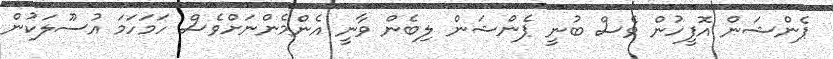
ޕެންޝަން އޮފީހުން ވެސް ބުނީ ޕެންޝަން ލިބެން ވާނީ އެންމެންނަށްވެސް ހަމަހަމަ އުސޫލަކުން